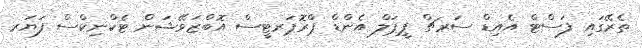
ތެރޭގައި ފަސްޓް އެއިޑް ސަރޗް ޕީޕަލް އެންޑް ޕްރޮޕަރޓީސް އޮބްޒަވޭޝަން ޓެކްނިކްސް ފަޔަރ